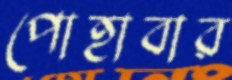
পোহাবার